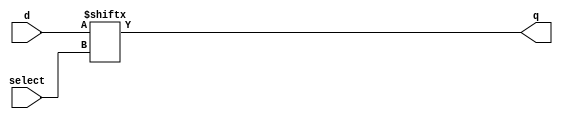
//`timescale 1ns / 1ps

module mux_ro #(
            parameter NO_MUX_IN=8,      // No of MUX inputs
            parameter MUX_SEL_SIZE=3       // MUX Select size

            )
            ( d, select, q );

input wire [NO_MUX_IN-1:0] d;
input wire [MUX_SEL_SIZE-1:0] select;
output wire q;

assign q = d[select];

endmodule